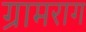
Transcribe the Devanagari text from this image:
ग्रामराग